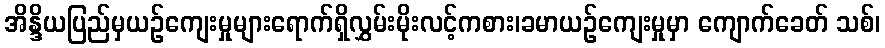
အိန္ဒိယပြည်မှယဉ်ကျေးမှုများရောက်ရှိလွှမ်းမိုးလင့်ကစား၊ခမာယဉ်ကျေးမှုမှာ ကျောက်ခေတ် သစ်၊